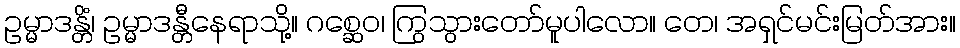
ဥမ္မာဒန္တိံ၊ ဥမ္မာဒန္တီနေရာသို့။ ဂစ္ဆေဝ၊ ကြွသွားတော်မူပါလော။ တေ၊ အရှင်မင်းမြတ်အား။